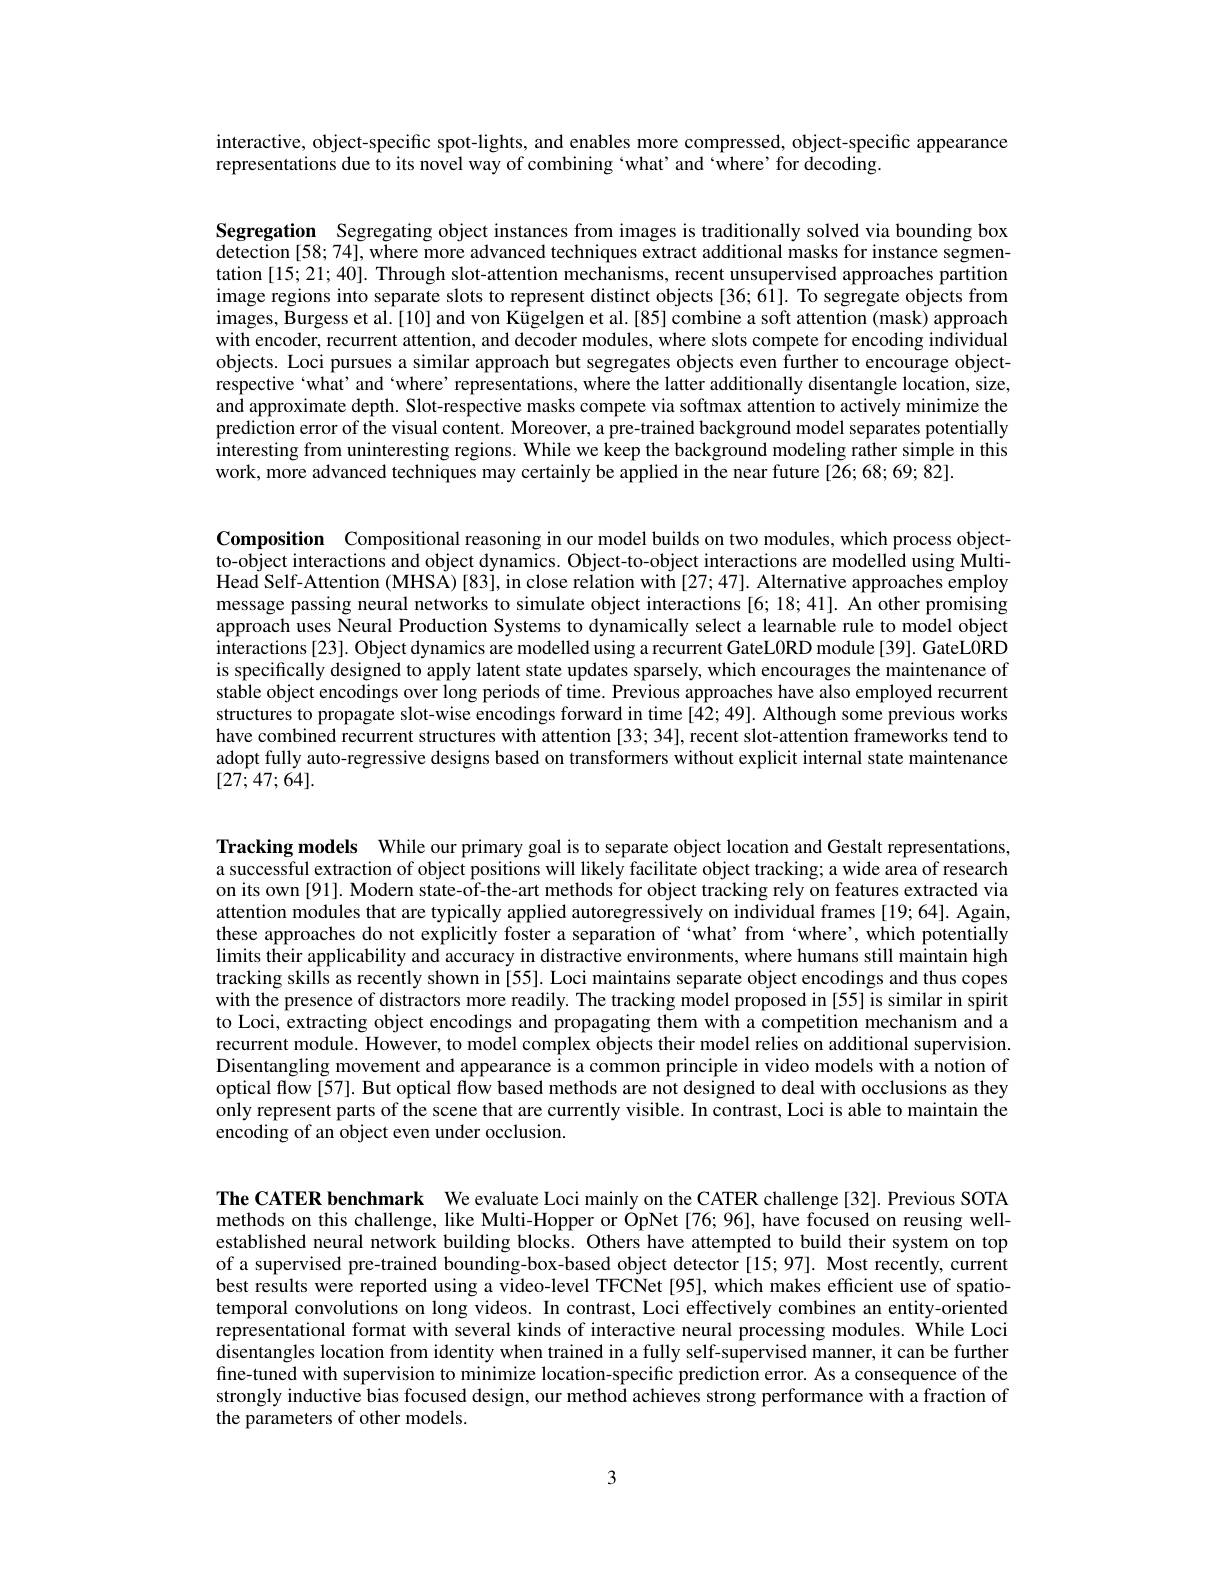
interactive, object-specific spot-lights, and enables more compressed, object-specific appearance
representations due to its novel way of combining 'what' and ‘where’for decoding.

Segregation Segregating object instances from images is traditionally solved via bounding box detection [58;74], where more advanced techniques extract additional masks for instance segmentation [15;21;40]. Through slot-attention mechanisms, recent unsupervised approaches partition image regions into separate slots to represent distinct objects[36;61]. To segregate objects from $i$mages, Burgess et al.[10] and von Kügelgen et al.[85] combine a soft attention (mask) approach with encoder, recurrent attention, and decoder modules, where slots compete for encoding individual objects. Loci pursues a similar approach but segregates objects even further to encourage objectrespective 'what' and 'where' representations, where the latter additionally disentangle location, size, and approximate depth. Slot-respective masks compete via softmax attention to actively minimize the prediction error of the visual content. Moreover, a pre-trained background model separates potentially interesting from uninteresting regions. While we keep the background modeling rather simple in this work, more advanced techniques may certainly be applied in the near future [26; 68; 69; 82].

Composition Compositional reasoning in our model builds on two modules, which process objectto-object interactions and object dynamics. Object-to-object interactions are modelled using MultiHead Self-Attention (MHSA)[83], in close relation with [27;47]. Alternative approaches employ message passing neural networks to simulate object interactions [6; 18; 41]. An other promising approach uses Neural Production Systems to dynamically select a learnable rule to model object interactions [23]. Object dynamics are modelled using a recurrent GateL0RD module [39]. GateL0RD is specifically designed to apply latent state updates sparsely, which encourages the maintenance of stable object encodings over long periods of time. Previous approaches have also employed recurrent structures to propagate slot-wise encodings forward in time [42; 49]. Although some previous works have combined recurrent structures with attention[33; 34], recent slot-attention frameworks tend to adopt fully auto-regressive designs based on transformers without explicit internal state maintenance [27;47;64].

Tracking models While our primary goal is to separate object location and Gestalt representations, a successful extraction of object positions will likely facilitate object tracking; a wide area of research on its own [91]. Modern state-of-the-art methods for object tracking rely on features extracted via attention modules that are typically applied autoregressively on individual frames [19;64]. Again, these approaches do not explicitly foster a separation of 'what' from 'where', which potentially limits their applicability and accuracy in distractive environments, where humans still maintain high tracking skills as recently shown in [55]. Loci maintains separate object encodings and thus copes with the presence of distractors more readily. The tracking model proposed in [55] is similar in spirit to Loci, extracting object encodings and propagating them with a competition mechanism and a recurrent module. However, to model complex objects their model relies on additional supervision. Disentangling movement and appearance is a common principle in video models with a notion of optical flow [57]. But optical flow based methods are not designed to deal with occlusions as they only represent parts of the scene that are currently visible. In contrast, Loci is able to maintain the encoding of an object even under occlusion.

The CATER benchmark We evaluate Loci mainly on the CATER challenge[32].Previous SOTA methods on this challenge, like Multi-Hopper or $\dot{\text{OpNet[76;96],have focused on reusing well-}}$

established neural network building blocks. Others have attempted to build their system on top of a supervised pre-trained bounding-box-based object detector [15; 97]. Most recently, current best results were reported using a video-level TFCNet[95], which makes efficient use of spatiotemporal convolutions on long videos. In contrast, Loci effectively combines an entity-oriented representational format with several kinds of interactive neural processing modules. While Loci disentangles location from identity when trained in a fully self-supervised manner, it can be further fine-tuned with supervision to minimize location-specific prediction error. As a consequence of the strongly inductive bias focused design, our method achieves strong performance with a fraction of the parameters of other models.

3